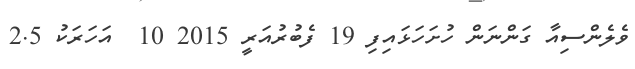
ވެލެންސިއާ ގަންނަން ހުށަހަޅައިފި 19 ފެބުރުއަރީ 2015 10  އަހަރަކު 2.5